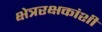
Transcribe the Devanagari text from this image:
क्षेत्ररक्षकांशी